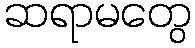
ဆရာမတွေ